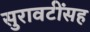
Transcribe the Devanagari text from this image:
सुरावटींसह